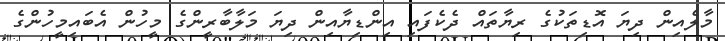
މާލެއިން ދިޔަ އޮޑިތަކުގެ ރިޔާތައް ދެކެފައި އިންޑިޔާއިން ދިޔަ މަލާބާރީންގެ މީހުން އެބައިމީހުންގެ